Annual statistical returns and brief notes on vaccination in Bengal - 1896-1909
Year: 1896
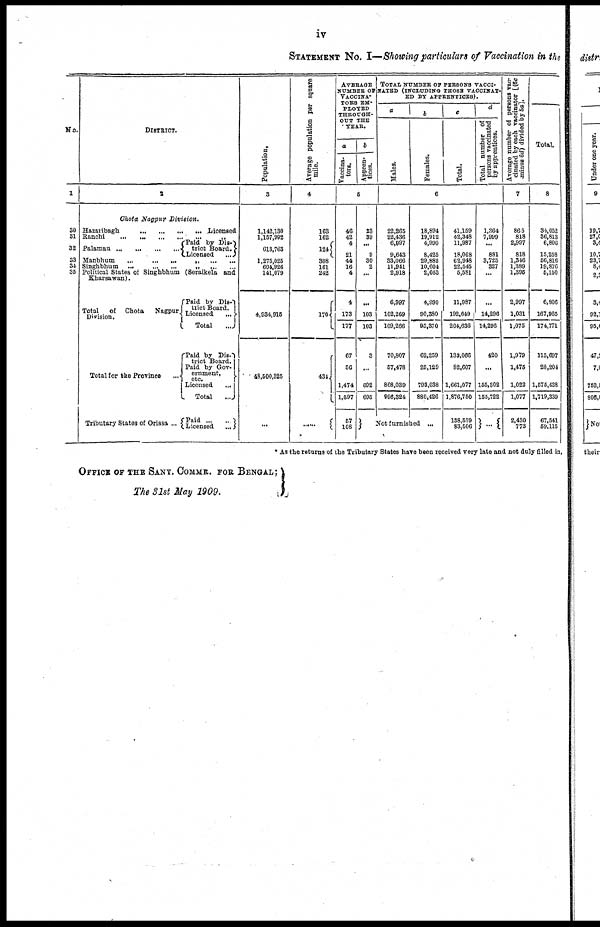
iv
STATEMENT NO. I—Showing particulars of Vaccination in the
No.
1
30
31
32
33
34
35
DISTRICT.
2
Chota Nagpur
Division.
Hazaribagh ... ... ... ...
Licensed
Ranchi ... ... ... ... „
Palamau
...
...
...
...
Paid by Dis-
trict Board.
Licensed
...
Manbhum
...
...
...
...
„
...
Singhbhum
...
...
...
...
„
...
Political States of Singhbhum (Seraikela and
Kharsawan).
Total
of Chota
Nagpur.
Division.
Total for the Province
...
Tributary States of Orissa ...
Paid by Dis-
trict Board.
Licensed
...
Total
...
Paid by Dis-
trict Board.
Paid by Gov-
ernment,
etc.
Licensed
...
Total
...
Paid
...
...
Licensed
...
Population.
3
1,142,130
1,157,992
613,763
1,275,025
604,926
141,079
4,934,915
48,500,325
...
Average population per square
mile.
4
163
162
124
308
161
242
176
434
......
AVERAGE
NUMBER OF
VACCINA-
TORS EM-
PLOYED
THROUGH-
OUT THE
YEAR.
a
Vaccina-
tors.
b
Appren-
tices.
5
40
42
4
21
44
16
4
4
173
177
67
56
1,474
1,597
57
108
23
39
...
9
30
2
...
...
103
103
3
...
692
695
TOTAL NUMBER OF PERSONS VACCI-
----- (INCLUDING THOSE VACCINAT-
ED BY APPRENTICES).
a
Males.
b
Females.
c
Total.
d
Total number of
persons vaccinated
by apprentices.
6
22,265
22,436
6,997
9,643
33,066
11,941
2,918
6,997
102,269
109,266
70,807
57,478
868,039
996,324
18,894
19,912
4,990
8,425
29,882
10,604
2,663
4,990
90,380
95,370
62,259
25,129
793,038
880,426
Not furnished ...
41,159
42,348
11,987
18,068
62,948
22,545
5,531
11,987
192,649
204,636
133,066
82,607
1,661,077
1,876,750
138,539
83,506
1,364
7,999
...
881
3,725
327
...
...
14,296
14,296
420
...
155,302
155,722
...
Average number of persons vac-
cinated by each vaccinator [.(6c
minus 6d) divided by 5a].
7
865
818
2,997
818
1,346
1,389
1,395
2,997
1,031
1,075
1,979
1,475
1,022
1,077
2,430
773
Total.
8
34,052
36,813
6,806
15,258
56,816
19,876
5,150
6,806
167,965
174,771
115,697
28,204
1,575,438
1,719,339
67,541
59,115
* As the returns of the Tributary States have been received very late and not duly filled in,
OFFICE OF THE SANY. COMMR. FOR BENGAL;
The 31st May 1909.